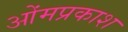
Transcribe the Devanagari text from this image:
ओंमप्रकाश